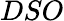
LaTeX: DSO